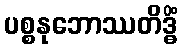
ပစ္စနုဘောဿတိဒ္ဓိံ